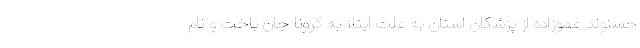
حسنوند عموزاده از پزشکان استان به علت ابتلا به کرونا جان باخت و نام